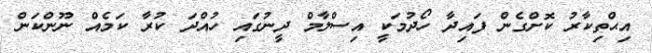
އިޙްތިކާރު ކޮށްގެން ފައިދާ ހޯދުމަކީ އިސްލާމް ދީނުގައި ހުއްދަ ކުރާ ކަމެއް ނޫންކަން